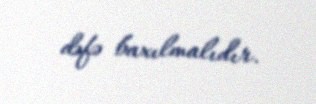
dəfə baxılmalıdır.